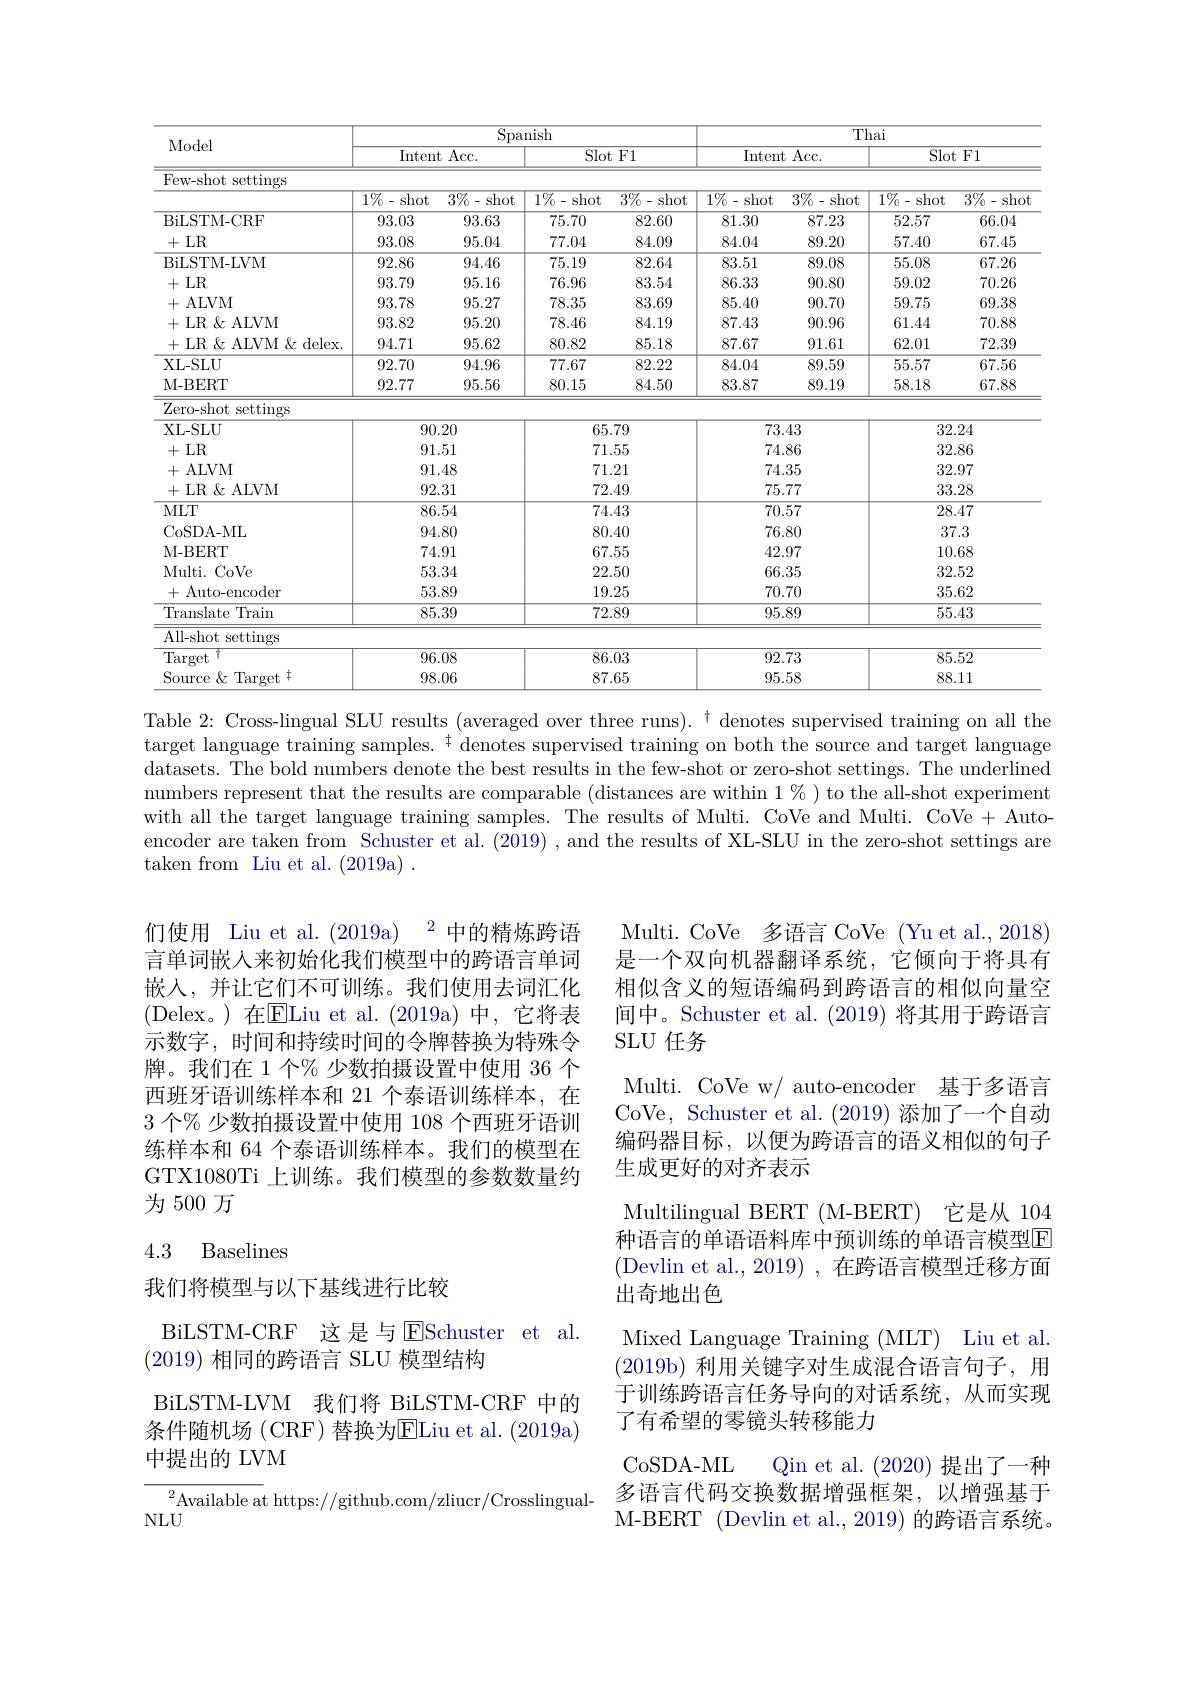
<table>
	<tbody>
		<tr>
			<th rowspan="2">Model</th>
			<th colspan="4">Spanish</th>
			<th colspan="4">Thai</th>
		</tr>
		<tr>
			<th colspan="2">$\overline{\mathrm{Intent~Acc}}.$</th>
			<th colspan="2">Slot F1</th>
			<th colspan="2">Intent Acc. </th>
			<th colspan="2">Slot F1</th>
		</tr>
		<tr>
			<th>Few-shot settings</th>
			<th> </th>
			<th> </th>
			<th> </th>
			<th> </th>
			<th> </th>
			<th> </th>
			<th> </th>
			<th> </th>
		</tr>
		<tr>
			<td> </td>
			<td>$1\%-$shot</td>
			<td>$3\%-$shot</td>
			<td>$1\%-$shot</td>
			<td>$\overline{3\%-\mathrm{shot}}$</td>
			<td>$\overline{1\%-\mathrm{shot}}$</td>
			<td>$\overline{3\%-\mathrm{shot}}$</td>
			<td>${1\%-\mathrm{shot}}$</td>
			<td>$3\%-$shot</td>
		</tr>
		<tr>
			<td>BiLSTM- CRF</td>
			<td>93.03</td>
			<td>93.63</td>
			<td>75.70</td>
			<td>82.60</td>
			<td>81.30</td>
			<td>87.23</td>
			<td>52.57</td>
			<td>66.04</td>
		</tr>
		<tr>
			<td>+LR</td>
			<td>93.08</td>
			<td>95.04</td>
			<td>77.04</td>
			<td>84.09</td>
			<td>84.04</td>
			<td>89.20</td>
			<td>57.40</td>
			<td>67.45</td>
		</tr>
		<tr>
			<td>BiLSTM- LVM</td>
			<td>92.86</td>
			<td>94.46</td>
			<td>75.19</td>
			<td>82.64</td>
			<td>83.51</td>
			<td>89.08</td>
			<td>55.08</td>
			<td>67.26</td>
		</tr>
		<tr>
			<td>+LR</td>
			<td>93.79</td>
			<td>95.16</td>
			<td>76.96</td>
			<td>83.54</td>
			<td>86.33</td>
			<td>90.80</td>
			<td>59.02</td>
			<td>70.26</td>
		</tr>
		<tr>
			<td>+ALVM</td>
			<td>93.78</td>
			<td>95.27</td>
			<td>78.35</td>
			<td>83.69</td>
			<td>85.40</td>
			<td>90.70</td>
			<td>59.75</td>
			<td>69.38</td>
		</tr>
		<tr>
			<td>+LR$\&$ALVM</td>
			<td>93.82</td>
			<td>95.20</td>
			<td>78.46</td>
			<td>84.19</td>
			<td>87.43</td>
			<td>90.96</td>
			<td>61.44</td>
			<td>70.88</td>
		</tr>
		<tr>
			<td>+LR$\&$ALVM$\&$delex</td>
			<td>94.71</td>
			<td>95.62</td>
			<td>80.82</td>
			<td>85.18</td>
			<td>87.67</td>
			<td>91.61</td>
			<td>62.01</td>
			<td>72.39</td>
		</tr>
		<tr>
			<td>XL- SLU</td>
			<td>92.70</td>
			<td>94.96</td>
			<td>77.67</td>
			<td>82.22</td>
			<td>84.04</td>
			<td>89.59</td>
			<td>55.57</td>
			<td>67.56</td>
		</tr>
		<tr>
			<td>M- BERT</td>
			<td>92.77</td>
			<td>95.56</td>
			<td>80.15</td>
			<td>84.50</td>
			<td>83.87</td>
			<td>89.19</td>
			<td>58.18</td>
			<td>67.88</td>
		</tr>
		<tr>
			<td>Zero-shot settings</td>
			<td> </td>
			<td> </td>
			<td> </td>
			<td> </td>
			<td> </td>
			<td> </td>
			<td> </td>
			<td> </td>
		</tr>
		<tr>
			<td>XL- SLU</td>
			<td colspan="2">90.20</td>
			<td>65</td>
			<td>.79</td>
			<td>73</td>
			<td>.43</td>
			<td>32</td>
			<td>.24</td>
		</tr>
		<tr>
			<td>+LR$\&$ALVM</td>
			<td colspan="2">92.31</td>
			<td colspan="2">72.49</td>
			<td>75</td>
			<td colspan="2">$JU$ $0\boldsymbol{u}\times\boldsymbol{u}$ 777 33.28</td>
			<td>.28</td>
		</tr>
		<tr>
			<td>$MLT$</td>
			<td>86</td>
			<td>$\overline{54}$</td>
			<td>74</td>
			<td>.43</td>
			<td>70</td>
			<td>.57</td>
			<td>$\overline{28}$</td>
			<td>.47</td>
		</tr>
		<tr>
			<td>CoSDA- ML</td>
			<td colspan="2">94.80</td>
			<td>80</td>
			<td>.40</td>
			<td>76</td>
			<td>.80</td>
			<td colspan="2">37.3</td>
		</tr>
		<tr>
			<td>M- BERT</td>
			<td colspan="2">$\mathbf{V}\times\mathbf{V}$ 74.91</td>
			<td colspan="2">00.40 67.55</td>
			<td colspan="2">42.97</td>
			<td>10</td>
			<td>.68</td>
		</tr>
		<tr>
			<td>Multi. CoVe</td>
			<td>53</td>
			<td>34</td>
			<td colspan="2">22.50</td>
			<td>66</td>
			<td colspan="2">66.35 32</td>
			<td>.52</td>
		</tr>
		<tr>
			<td>+Auto-encoder</td>
			<td colspan="2">0.0.04 53.89</td>
			<td>19</td>
			<td>.25</td>
			<td colspan="2">70.70</td>
			<td colspan="2">35.62</td>
		</tr>
		<tr>
			<td>${\mathrm{Translate~Train}}$</td>
			<td>85</td>
			<td>$\overline{39}$</td>
			<td colspan="2">$\mathbf{L}\cdot\mathbf{U}\cdot\mathbf{L}$ 72.89</td>
			<td colspan="3">95.89 55.43</td>
			<td>.43</td>
		</tr>
		<tr>
			<td>All-shot settings</td>
			<td colspan="2">1</td>
			<td colspan="2"> </td>
			<td> </td>
			<td> </td>
			<td> </td>
			<td> </td>
		</tr>
		<tr>
			<td>Target</td>
			<td colspan="2">0608</td>
			<td>86</td>
			<td>.03</td>
			<td>92</td>
			<td>.73</td>
			<td colspan="2">85.52</td>
		</tr>
		<tr>
			<td>Source & Target $\dagger$</td>
			<td colspan="2">98.06</td>
			<td colspan="2">87.65</td>
			<td colspan="2">95.58</td>
			<td colspan="2">88.11</td>
		</tr>
	</tbody>
</table>
Table 2: Cross-lingual SLU results (averaged over three runs). $^{\dagger}$ denotes supervised training on all the

target language training samples. $^{\dagger}$ denotes supervised training on both the source and target language datasets. The bold numbers denote the best results in the few-shot or zero-shot settings. The underlined numbers represent that the results are comparable (distances are within $1\%)$ to the all-shot experiment with all the target language training samples. The results of Multi. CoVe and Multi. CoVe + Autoencoder are taken from Schuster et al. (2019) , and the results of XL-SLU in the zero-shot settings are taken from Liu et al. (2019a) .

们使用 Liu et al.(2019a) 2中的精炼跨语言单词嵌入来初始化我们模型中的跨语言单词嵌人，并让它们不可训练。我们使用去词汇化(Delex。)在$\overline{\mathrm{E}}$Liu et al.(2019a)中，它将表示数字，时间和持续时间的令牌替换为特殊令牌。我们在 1 个% 少数拍摄设置中使用 36 个西班牙语训练样本和 21 个泰语训练样本，在3 个% 少数拍摄设置中使用 108 个西班牙语训练样本和 64 个泰语训练样本。我们的模型在GTX1080Ti 上训练。我们模型的参数数量约为 500 万

Multi. CoVe 多语言 CoVe (Yu et al., 2018) 是一个双向机器翻译系统，它倾向于将具有相似含义的短语编码到跨语言的相似向量空间中。Schuster et al. (2019) 将其用于跨语言SLU 任务
Multi. CoVe w/ auto-encoder 基于多语言CoVe, Schuster et al. (2019)添加了一个自动编码器目标，以便为跨语言的语义相似的句子生成更好的对齐表示
Multilingual BERT (M-BERT) 它是从 104种语言的单语语料库中预训练的单语言模型E (Devlin et al., 2019) , 在跨语言模型迁移方面出奇地出色
Mixed Language Training (MLT) Liu et al. (2019b)利用关键字对生成混合语言句子，用于训练跨语言任务导向的对话系统，从而实现了有希望的零镜头转移能力
CoSDA- ML
Qin et al. (2020)提出了一种
多语言代码交换数据增强框架，以增强基于M-BERT (Devlin et al., 2019) 的跨语言系统。

## 4.3 Baselines

我们将模型与以下基线进行比较

BiLSTM-CRF 这是与$\operatorname{ESchuster}$ et al
(2019)相同的跨语言 SLU 模型结构

BiLSTM-LVM 我们将 BiLSTM-CRF 中的条件随机场(CRF)替换为ELiu et al.(2019a) 中提出的 LVM

${}^{2}$Available at https://github.com/zliucr/Crosslingual-
$NLU$